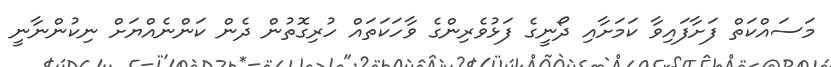
މަސައްކަތް ފަށާފައިވާ ކަމަށާއި ދޯނީގެ ފަޅުވެރިންގެ ވާހަކަތައް ހުރިގޮތުން ދެން ކަންނެއްޔަށް ނިކުންނާނީ